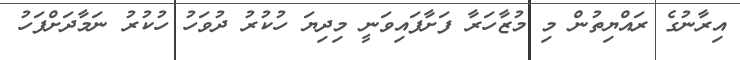
އިރާނުގެ ރައްޔިތުން މި މުޒާހަރާ ފަށާފައިވަނީ މިދިޔަ ހުކުރު ދުވަހު ހުކުރު ނަމާދަށްފަހު